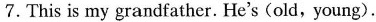
7.This is my grandfather. He's (old, young).